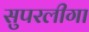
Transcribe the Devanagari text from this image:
सुपरलीगा